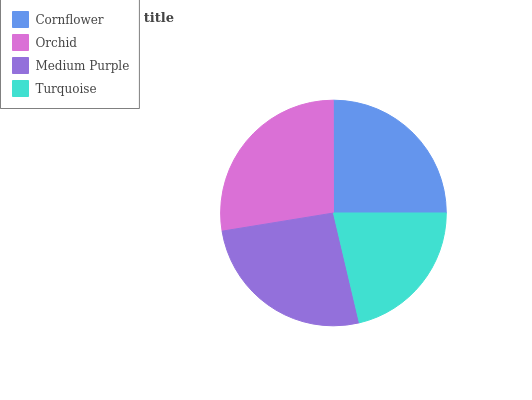
| Cornflower | Orchid | Medium Purple | Turquoise |
 | --- | --- | --- | --- |
 | 25% | 27.5% | 26.1% | 21.3% |